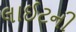
લાઈટની